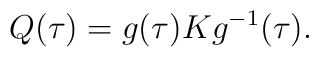
Q(\tau)= g(\tau)Kg^{-1}(\tau) .